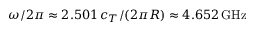
\omega / 2 \pi \approx 2 . 5 0 1 \, c _ { T } / ( 2 \pi R ) \approx 4 . 6 5 2 \, \mathrm { G H z }